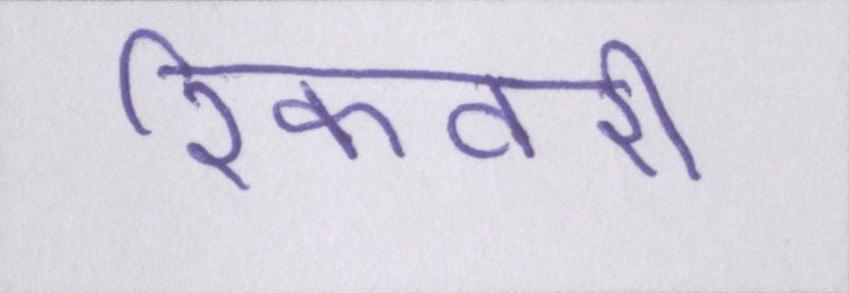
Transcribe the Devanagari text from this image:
रिकवरी